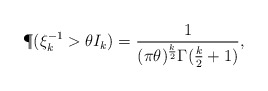
\begin{align*}\P(\xi_k^{-1}>\theta I_k) = \frac{1}{(\pi\theta)^{\frac{k}{2}}\Gamma(\frac{k}{2}+1)},\end{align*}